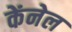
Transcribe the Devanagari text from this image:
केंनेल